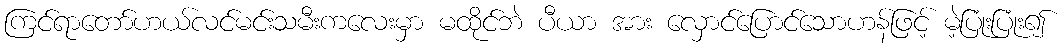
ကြင်ရာတော်ဟယ်လင်မင်းသမီးကလေးမှာ မထိုင်ဘဲ ပီယာ အား လှောင်ပြောင်သောဟန်ဖြင့် မဲ့ပြုံးပြုံး၍